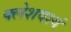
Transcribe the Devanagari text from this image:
क्लेशवश्यं